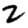
Digit: 2